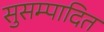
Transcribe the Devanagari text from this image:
सुसम्पादित